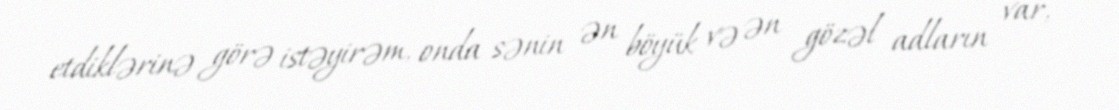
etdiklərinə görə istəyirəm, onda sənin ən böyük və ən gözəl adların var,